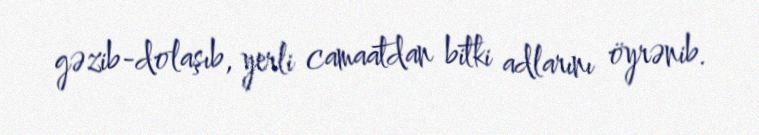
gəzib-dolaşıb, yerli camaatdan bitki adlarını öyrənib.